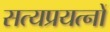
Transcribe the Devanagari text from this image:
सत्यप्रयत्नों